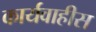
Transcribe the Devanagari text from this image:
कार्यवाहीस